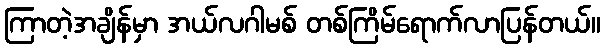
ကြာတဲ့အချိန်မှာ အယ်လဂါမစ် တစ်ကြိမ်ရောက်လာပြန်တယ်။